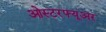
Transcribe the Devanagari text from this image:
ओस्टरफ्यूअर